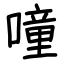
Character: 噇